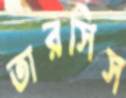
তারসিস